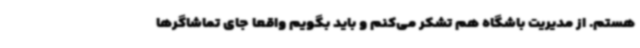
هستم. از مدیریت باشگاه هم تشکر می‌کنم و باید بگویم واقعا جای تماشاگرها